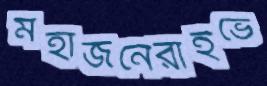
মহাজনেরাইভে